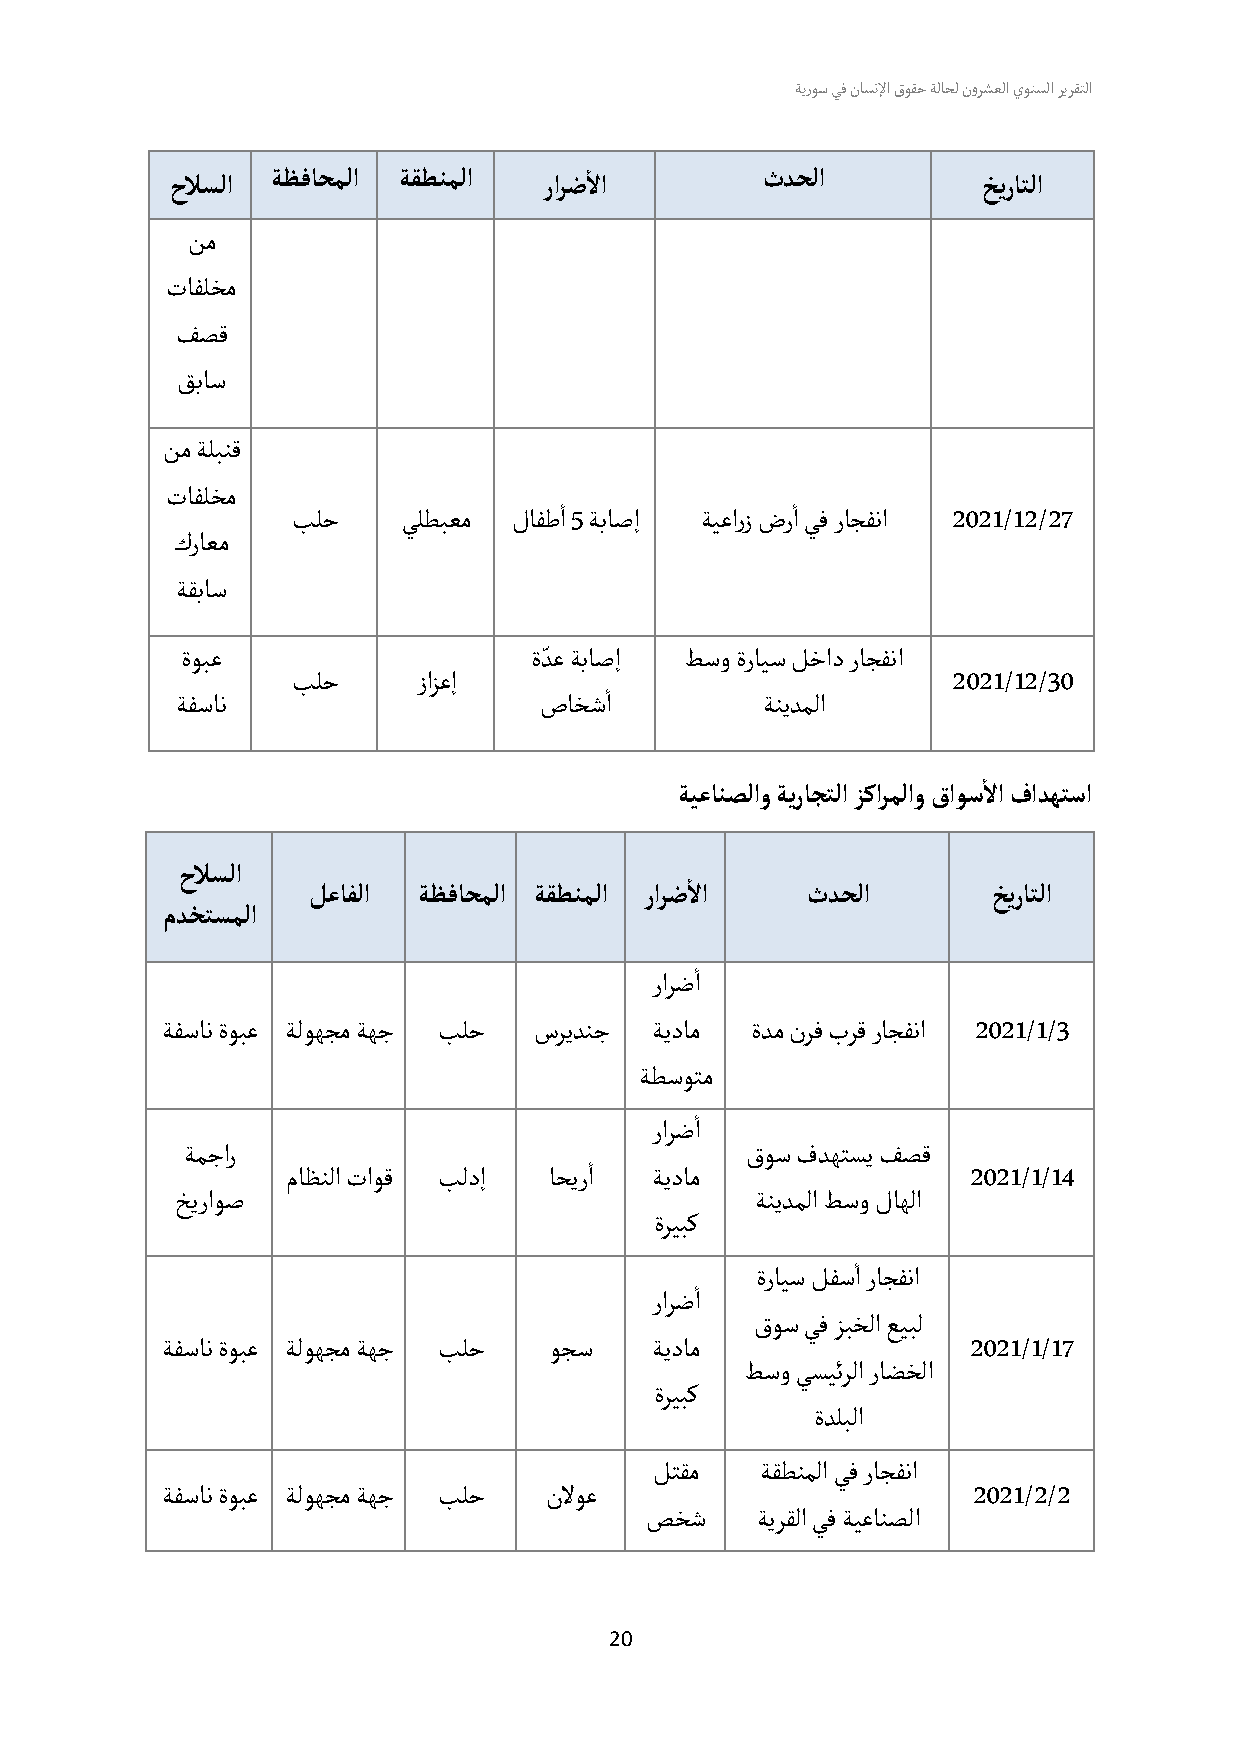
ةيروس يف ناسنلإا قوقح ةلاحل نورشعلا يونسلا ريرقتلا
 أ
 ةظفاحملا ةقطنملا                ثدحلا
 حلاسلا                   رارضلا                       خيراتلا
 نم
 تافلخم
 فصق
 ق باس
 نم ةلبنق
 تافلخم                    أ               أ
 بلح     يلطبعم لافطا 5 ةباصإ ة يعارز ضرا يف راجفنا 2021/12/27
 كراعم
 ة قباس
 ّ
 ةوبع                   ةدع ةباصإ طسو ةرايس لخاد راجفنا
 بلح      زازعإ       أ                      2021/12/30
 ة فسان                  صاخشا         ةنيدملا
 أ
 ةيعانصلاو ةيراجتلا زكارملاو قاوسلا فادهتسا
 حلاسلا                            أ
 لعافلا  ةظفاحملا ةقطنملا رارض لا ثدحلا        خيراتلا
 مدختسملا
 أ
 رارضا
 ة فسان ةوبع ة لوهجم ةهج بلح سريدنج ةيدام ةدم نرف برق راجفنا 2021/1/3
 ة طسوتم
 أ
 رارضا
 ةمجار                      أ         قوس فدهتسي فصق
 ماظنلا تاوق بلدإ ا حيرا ةيدام                2021/1/14
 خ يراوص                               ةنيدملا طسو لاهلا
 ةريبك
 أ
 أ   ةرايس لفسا راجفنا
 رارضا
 قوس يف زبخلا عيبل
 ة فسان ةوبع ة لوهجم ةهج بلح و جس ةيدام               2021/1/17
 طسو يسيئرلا راضخلا
 ةريبك
 ةدلبلا
 لتقم   ةقطنملا يف راجفنا
 ة فسان ةوبع ة لوهجم ةهج بلح نلوع                     2021/ 2/2
 ص خش   ةيرقلا يف ةيعانصلا
 20